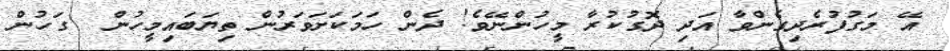
އޭ މަގުފުރެދިގެންވާ އަދި ދޮގުކުރާ މީހުންނޭވެ! ދެން ހަމަކަށަވަރުން ތިޔަބައިމީހުން  ގަހުން